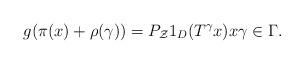
LaTeX: \begin{align*}g(\pi(x)+\rho(\gamma))=P_{\mathcal Z}1_{D}(T^{\gamma}x) x \gamma\in \Gamma.\end{align*}